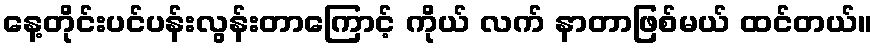
နေ့တိုင်းပင်ပန်းလွန်းတာကြောင့် ကိုယ် လက် နာတာဖြစ်မယ် ထင်တယ်။